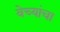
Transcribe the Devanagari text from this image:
वेच्यांचा